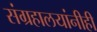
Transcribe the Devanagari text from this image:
संग्रहालयांनीही